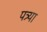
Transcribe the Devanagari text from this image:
पत्र्या